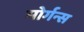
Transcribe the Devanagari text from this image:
मोर्गन्स